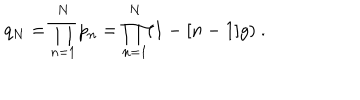
q _ { N } = \prod _ { n = 1 } ^ { N } p _ { n } = \prod _ { n = 1 } ^ { N } ( 1 - [ n - 1 ] g ) \ .